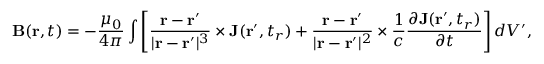
\mathbf { B } ( \mathbf { r } , t ) = - { \frac { \mu _ { 0 } } { 4 \pi } } \int \left[ { \frac { \mathbf { r } - \mathbf { r } ^ { \prime } } { | \mathbf { r } - \mathbf { r } ^ { \prime } | ^ { 3 } } } \times \mathbf { J } ( \mathbf { r } ^ { \prime } , t _ { r } ) + { \frac { \mathbf { r } - \mathbf { r } ^ { \prime } } { | \mathbf { r } - \mathbf { r } ^ { \prime } | ^ { 2 } } } \times { \frac { 1 } { c } } { \frac { \partial \mathbf { J } ( \mathbf { r } ^ { \prime } , t _ { r } ) } { \partial t } } \right] d V ^ { \prime } ,